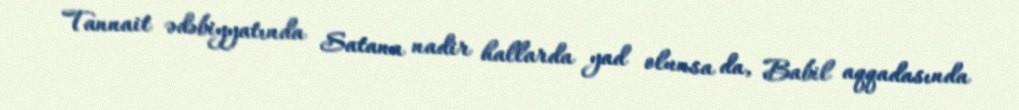
Tannait ədəbiyyatında Satana nadir hallarda yad olunsa da, Babil aqqadasında